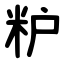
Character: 粐